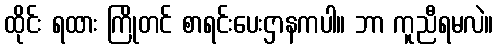
ထိုင်း ရထား ကြိုတင် စာရင်းပေးဌာနကပါ။ ဘာ ကူညီရမလဲ။